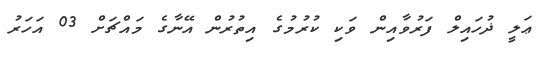
ޢަލީ ޛުހައިލް ފަރުވާއިން ވަކި ކުރުމުގެ އިތުރުން އޭނާގެ މައްޗަށް 03 އަހަރު